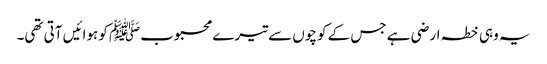
یہ وہی خطہ ارضی ہے جس کے کوچوں سے تیرے محبوبﷺ کو ہوائیں آتی تھی۔